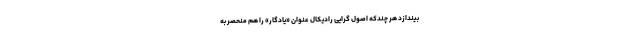
بیندازد هر چند‌که اصول گرایی رادیکال عنوان «یادگار» را هم منحصر به